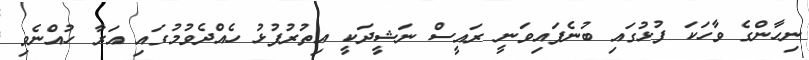
ނިހާންގެ ވާހަކަ ފުޅުގައި ބުނެފައިވަނީ ރަައީސް ނަޝީދަކީ އިތުރުފުޅު ހެއްދެވުމުގައި އަރާ ހުއްނެވި